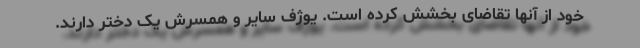
خود از آنها تقاضای بخشش کرده است. یوژف سایر و همسرش یک دختر دارند.